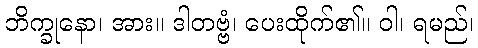
ဘိက္ခုနော၊ အား။ ဒါတဗ္ဗံ၊ ပေးထိုက်၏။ ဝါ၊ ရမည်၊